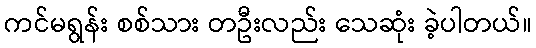
ကင်မရွန်း စစ်သား တဦးလည်း သေဆုံး ခဲ့ပါတယ်။